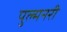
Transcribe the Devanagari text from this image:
पुल्मनरी